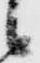
候